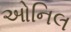
ઓનિલ